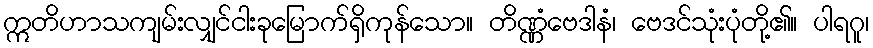
ဣတိဟာသကျမ်းလျှင်ငါးခုမြောက်ရှိကုန်သော။ တိဏ္ဏံဗေဒါနံ၊ ဗေဒင်သုံးပုံတို့၏။ ပါရဂူ၊